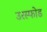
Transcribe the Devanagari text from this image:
उरस्फोड